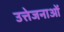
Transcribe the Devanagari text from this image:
उत्तेजनाआें